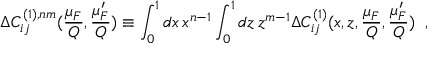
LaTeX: \Delta C _ { i j } ^ { ( 1 ) , n m } ( \frac { \mu _ { F } } { Q } , \frac { \mu _ { F } ^ { \prime } } { Q } ) \equiv \int _ { 0 } ^ { 1 } d x \, x ^ { n - 1 } \int _ { 0 } ^ { 1 } d z \, z ^ { m - 1 } \Delta C _ { i j } ^ { ( 1 ) } ( x , z , \frac { \mu _ { F } } { Q } , \frac { \mu _ { F } ^ { \prime } } { Q } ) \; \; ,